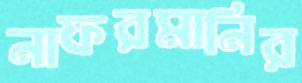
নাফরমানির